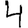
Digit: 4